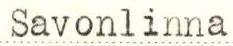
Savonlinna